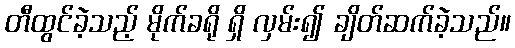
တီထွင်ခဲ့သည့် မိုက်ခရို ရှိ လှမ်း၍ ချိတ်ဆက်ခဲ့သည်။